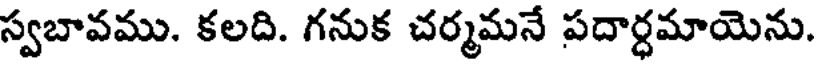
స్వబావము. కలది. గనుక చర్మమనే పదార్ధమాయెను.